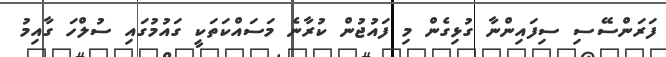
ފަރަންސޭސި ސިފައިންނާ ގުޅިގެން މި ފައުޖުން ކުރާނެ މަސައްކަތަކީ ގައުމުގައި ސުލްހަ ގާއިމު